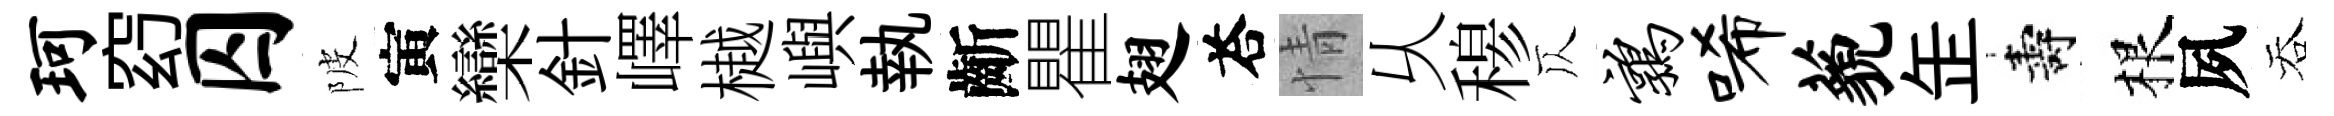
珂𥥆囚陂寅欒針嶧樾嶼執齗瞿翅荅情乆𥠇仄鹑唏藐𦈢壽根夙吞